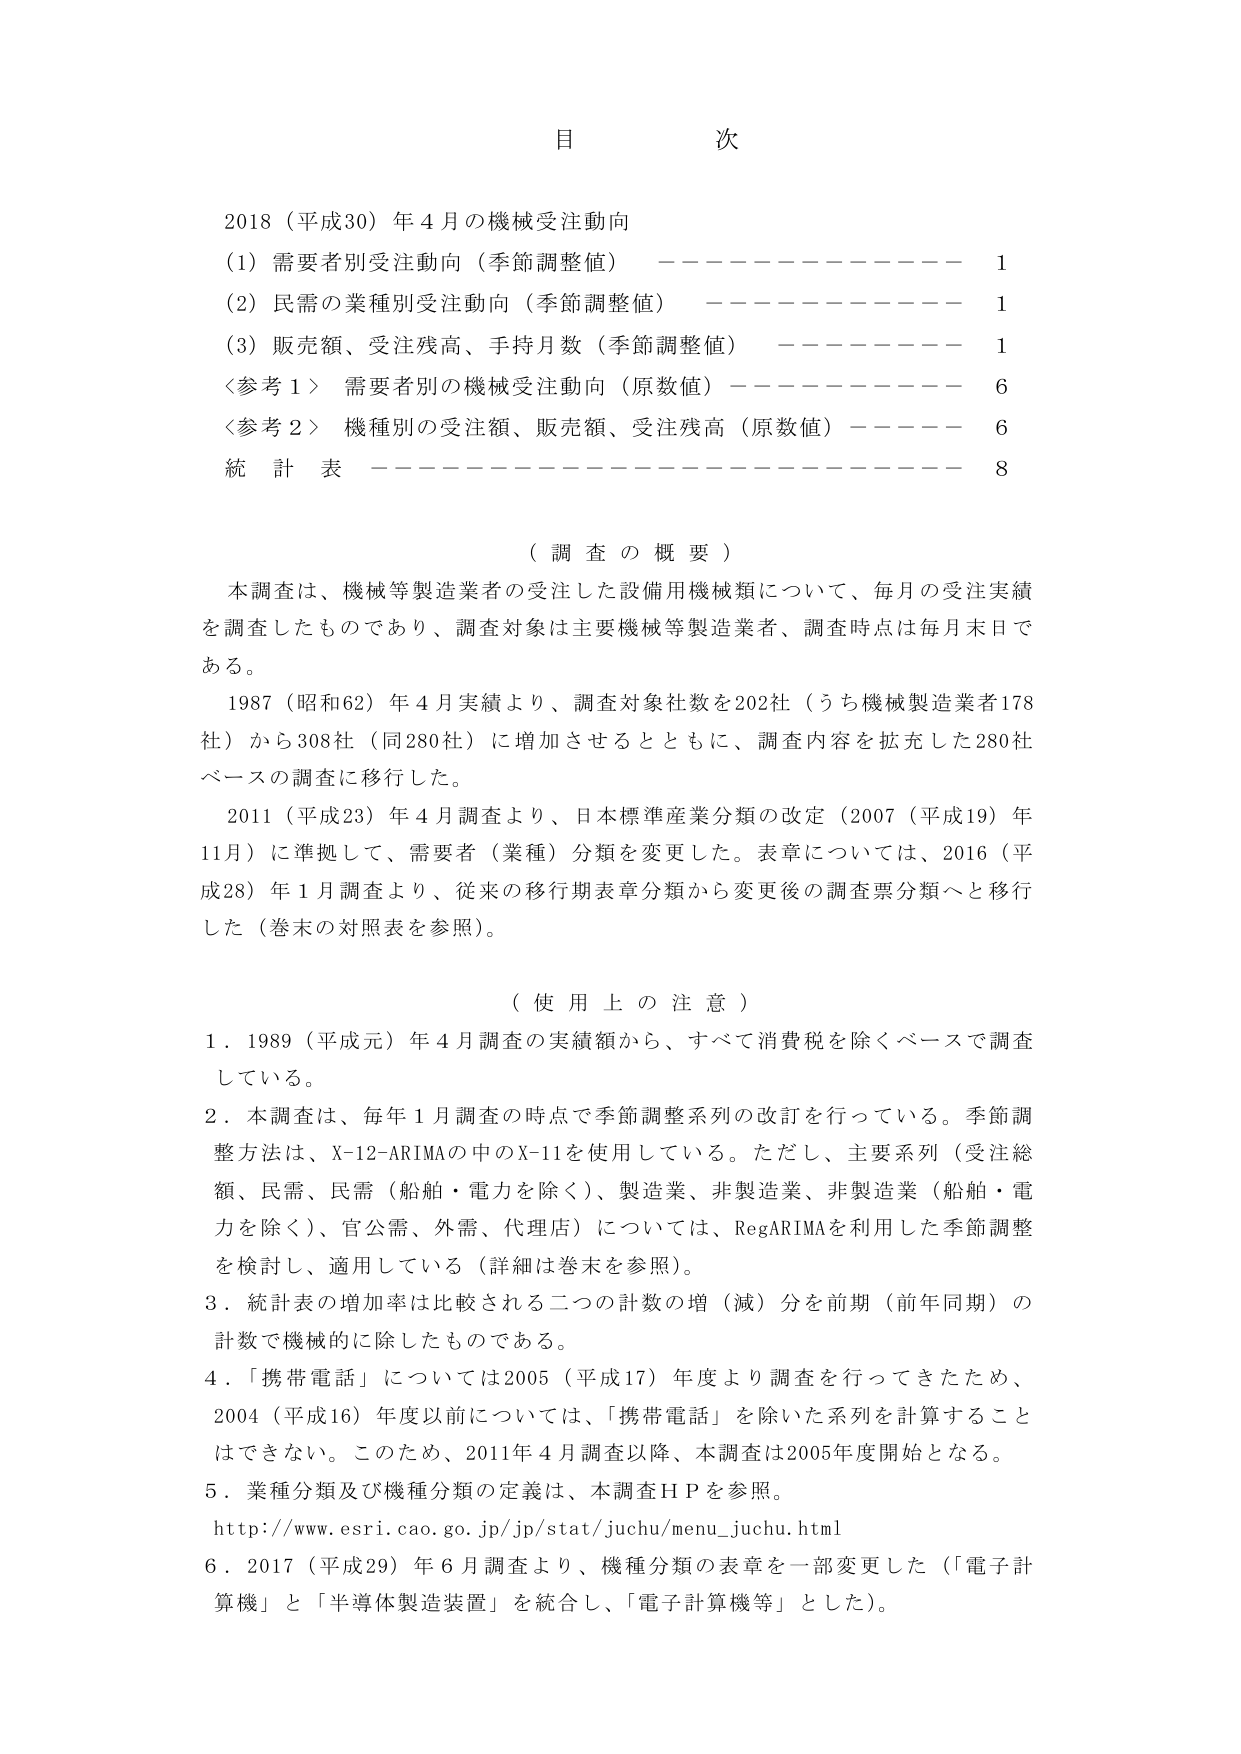
目 次

2018（平成30）年4月の機械受注動向
（1）需要者別受注動向（季節調整値） ———————— 1
（2）民需の業種別受注動向（季節調整値） ———————— 1
（3）販売額、受注残高、手持月数（季節調整値） ———————— 1
〈参考1〉 需要者別の機械受注動向（原数値） ———————— 6
〈参考2〉 機種別の受注額、販売額、受注残高（原数値） ———————— 6
統計表 ———————————————— 8

（調査の概要）
本調査は、機械等製造業者の受注した設備用機械類について、毎月の受注実績を調査したものであり、調査対象は主要機械等製造業者、調査時点は毎月末日である。
1987（昭和62）年4月実績より、調査対象社数を202社（うち機械製造業者178社）から308社（同280社）に増加させるとともに、調査内容を拡充した280社ベースの調査に移行した。
2011（平成23）年4月調査より、日本標準産業分類の改定（2007（平成19）年11月）に準拠して、需要者（業種）分類を変更した。表章については、2016（平成28）年1月調査より、従来の移行期表章分類から変更後の調査票分類へと移行した（巻末の対照表を参照）。

（使用上の注意）
1．1989（平成元）年4月調査の実績額から、すべて消費税を除くベースで調査している。
2．本調査は、毎年1月調査の時点で季節調整系列の改訂を行っている。季節調整方法は、X-12-ARIMAの中のX-11を使用している。ただし、主要系列（受注総額、民需、民需（船舶・電力を除く）、製造業、非製造業、非製造業（船舶・電力を除く）、官公需、外需、代理店）については、RegARIMAを利用した季節調整を検討し、適用している（詳細は巻末を参照）。
3．統計表の増加率は比較される二つの計数の増（減）分を前期（前年同期）の計数で機械的に除したものである。
4．「携帯電話」については2005（平成17）年度より調査を行ってきたため、2004（平成16）年度以前については、「携帯電話」を除いた系列を計算することはできない。このため、2011年4月調査以降、本調査は2005年度開始となる。
5．業種分類及び機種分類の定義は、本調査ＨＰを参照。
http://www.esri.cao.go.jp/jp/stat/juchu/menu_juchu.html
6．2017（平成29）年6月調査より、機種分類の表章を一部変更した（「電子計算機」と「半導体製造装置」を統合し、「電子計算機等」とした）。